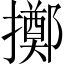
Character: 擲